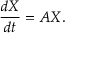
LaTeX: { \frac { d X } { d t } } = A X .